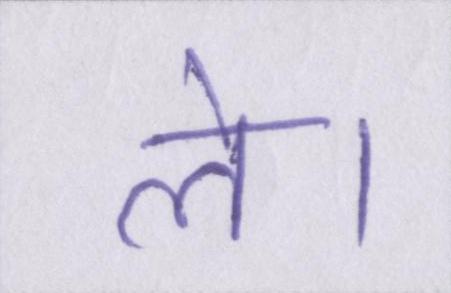
ले।